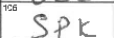
Transcription: SPK